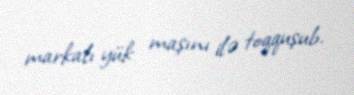
markalı yük maşını ilə toqquşub.